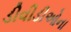
ડીવીડીઓના